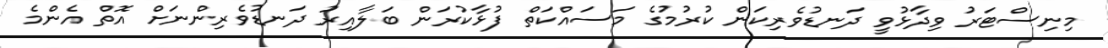
މިނިސްޓަރު ވިދާޅުވީ ދަނޑުވެރިކަން ކުރުމުގެ މަސައްކަތް ފުޅާކުރަން ބަލާއިރު ދަނޑުވެރިންނަށް އޮތް އެންމެ